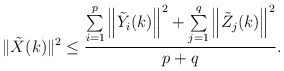
\begin{align*}\|\tilde{X}(k)\|^2 \leq\frac{\sum\limits_{i=1}^{p}\left\|\tilde{Y}_i(k)\right\|^2+\sum\limits_{j=1}^{q}\left\|\tilde{Z}_j(k)\right\|^2 }{p+q}.\end{align*}